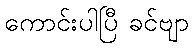
ကောင်းပါပြီ ခင်ဗျာ